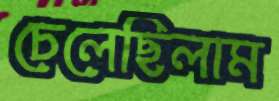
চেলেছিলাম